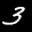
Label: 3